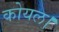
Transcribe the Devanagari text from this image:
कोयल।